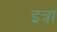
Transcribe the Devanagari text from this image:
इत्रा